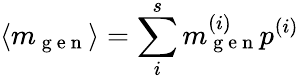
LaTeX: \langle m_{\mathrm{~g~e~n~}}\rangle=\sum_{i}^{s}m_{\mathrm{~g~e~n~}}^{(i)}p^{(i)}